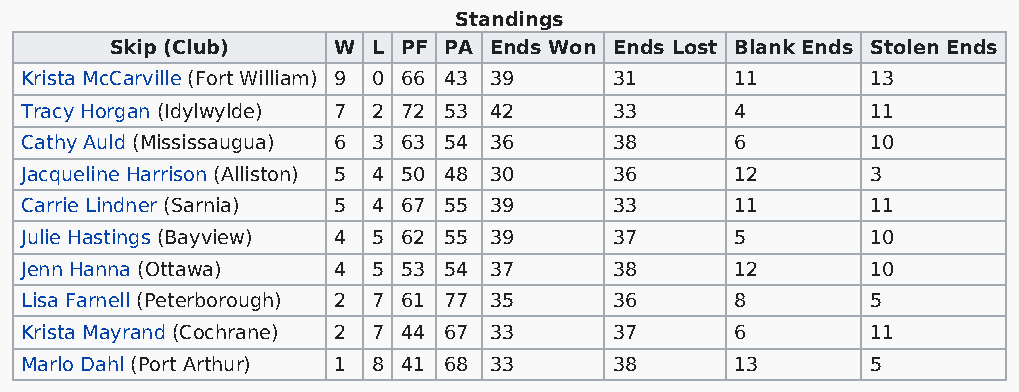
Standings
 Skip (Club)    W  L PF PA Ends Won Ends Lost Blank Ends Stolen Ends
 Krista McCarville (Fort William) 9 0 66 43 39 31 11      13
 Tracy Horgan (Idylwylde) 7 2 72 53 42   33      4        11
 Cathy Auld (Mississaugua) 6 3 63 54 36  38      6        10
 Jacqueline Harrison (Alliston) 5 4 50 48 30 36  12       3
 Carrie Lindner (Sarnia) 5 4 67 55 39    33      11       11
 Julie Hastings (Bayview) 4 5 62 55 39   37      5        10
 Jenn Hanna (Ottawa)  4  5 53 54 37      38      12       10
 Lisa Farnell (Peterborough) 2 7 61 77 35 36     8        5
 Krista Mayrand (Cochrane) 2 7 44 67 33  37      6        11
 Marlo Dahl (Port Arthur) 1 8 41 68 33   38      13       5